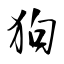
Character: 狗